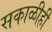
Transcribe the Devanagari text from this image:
सकाळीही